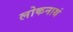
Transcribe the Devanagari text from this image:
लोकनाथं